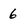
Character: 6